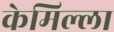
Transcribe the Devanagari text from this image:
केमिल्ला